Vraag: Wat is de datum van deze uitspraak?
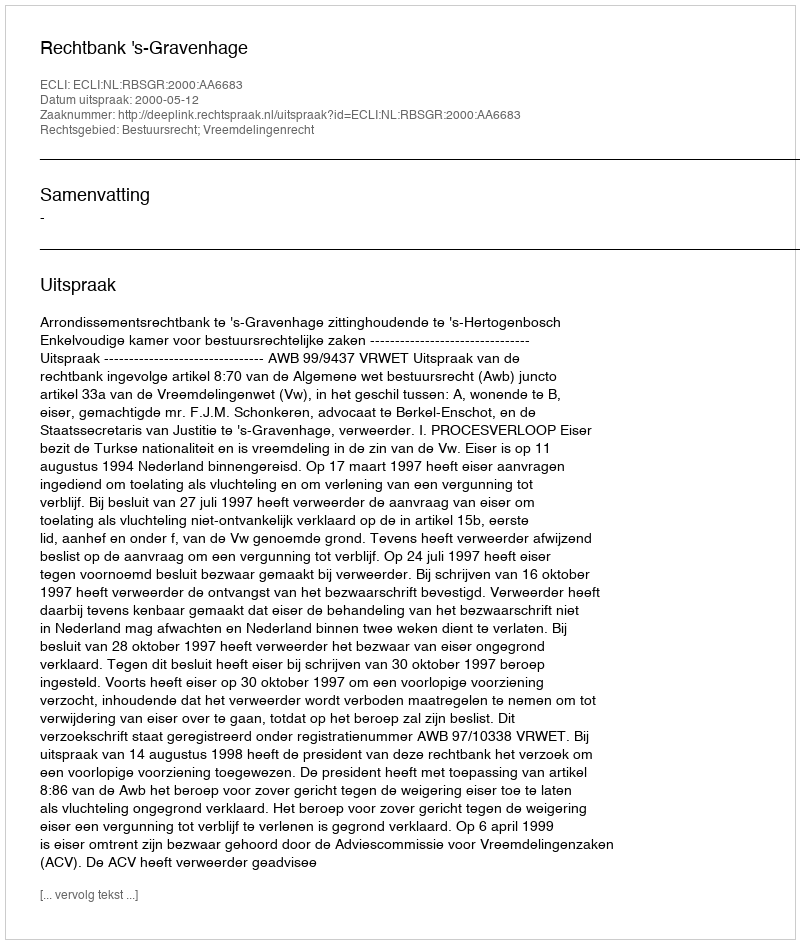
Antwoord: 2000-05-12